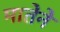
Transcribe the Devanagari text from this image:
मातेने